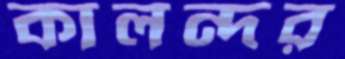
কালন্দর